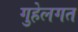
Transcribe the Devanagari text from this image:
गुहेलगत